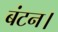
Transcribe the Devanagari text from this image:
बंटन।